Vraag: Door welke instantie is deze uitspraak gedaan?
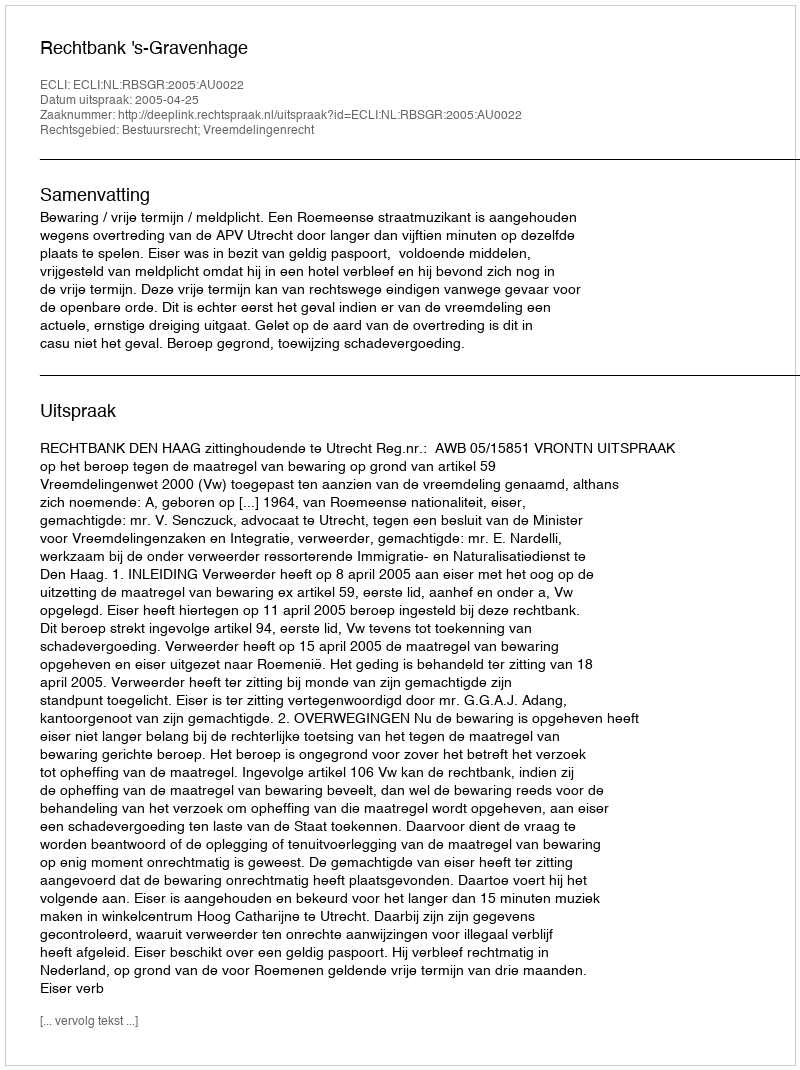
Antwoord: Rechtbank 's-Gravenhage